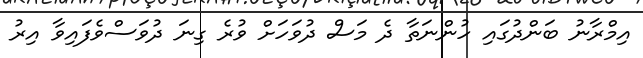
އިމްރާނު ބަންދުގައި ހުންނަތާ ދެ މަސް ދުވަހަށް ވުރެ ގިނަ ދުވަސްވެފައިވާ އިރު